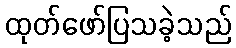
ထုတ်ဖော်ပြသခဲ့သည်